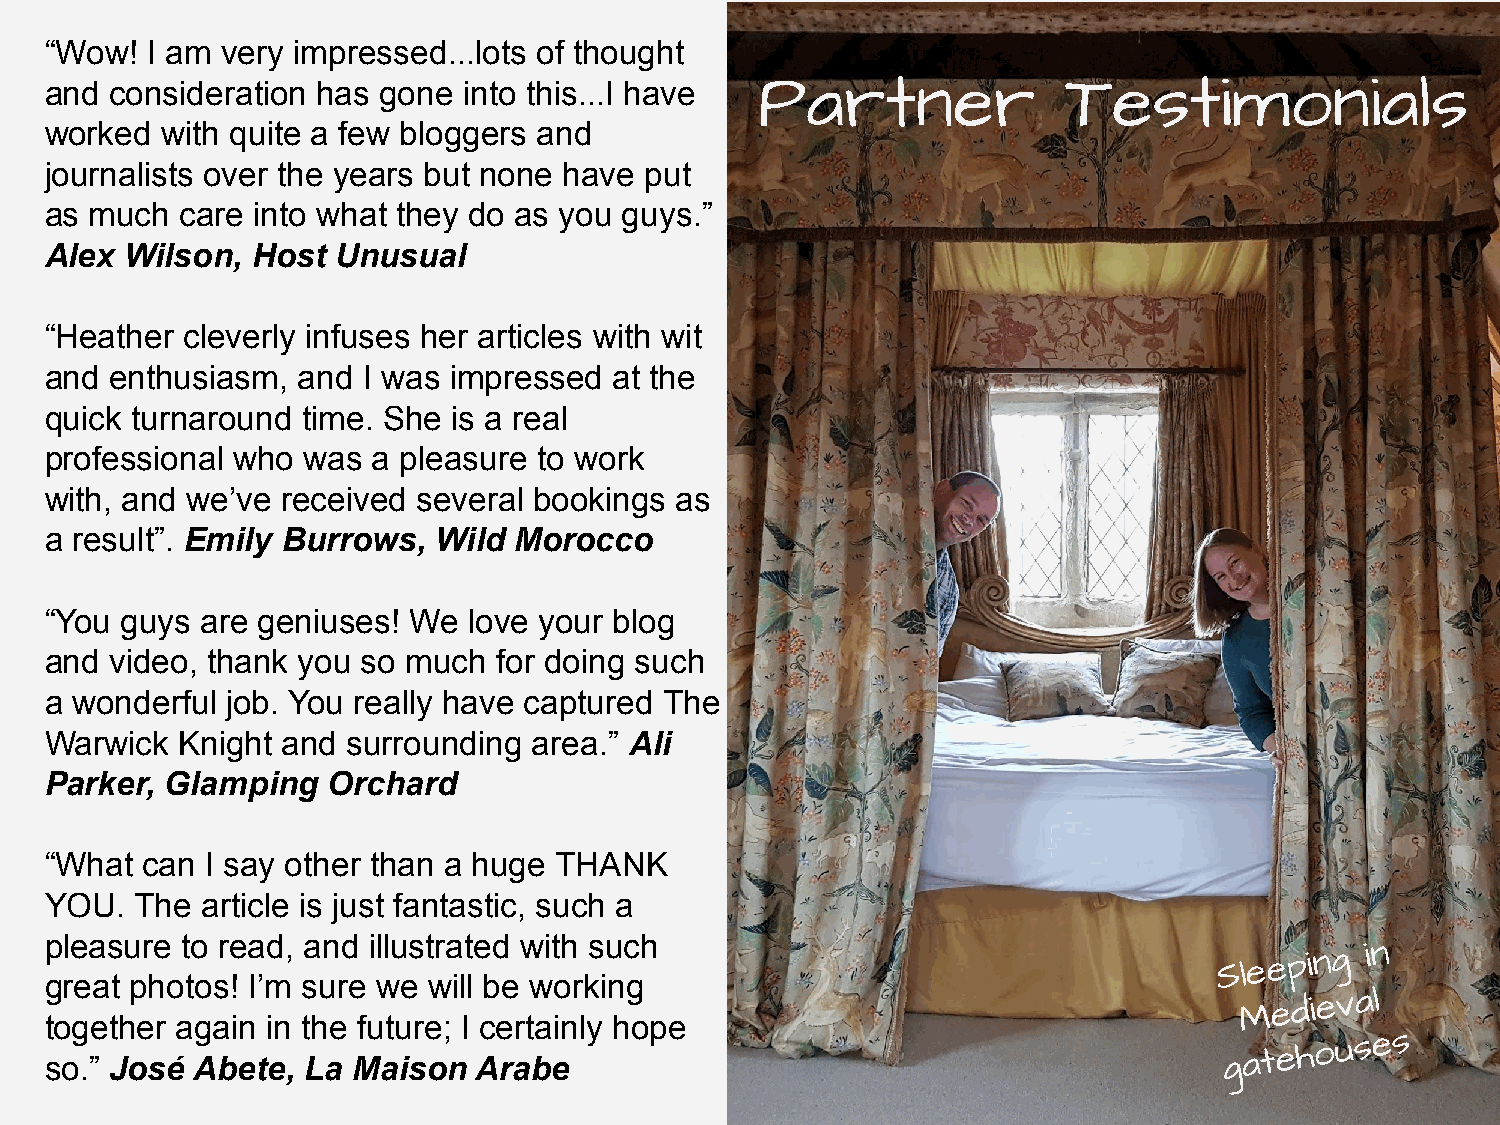
“Wow!  I am very impressed...lots of thought
 and consideration has gone  into this...I have Partner              Testimonials
 worked  with quite a few bloggers and
 journalists over the years but none have put
 as much  care into what they do as you guys.”
 Alex Wilson,  Host Unusual
 “Heather cleverly infuses her articles with wit
 and enthusiasm,  and I was impressed  at the
 quick turnaround time. She is a real
 professional who was  a pleasure to work
 with, and we’ve received several bookings as
 a result”. Emily Burrows, Wild Morocco
 “You guys are geniuses! We  love your blog
 and video, thank you so much  for doing such
 a wonderful job. You really have captured The
 Warwick  Knight and surrounding area.” Ali
 Parker, Glamping   Orchard
 “What can  I say other than a huge THANK
 YOU.  The article is just fantastic, such a
 pleasure to read, and illustrated with such
 Sleeping  in
 great photos! I’m sure we will be working
 Medieval
 together again in the future; I certainly hope
 so.” José Abete, La Maison  Arabe
 gatehouses